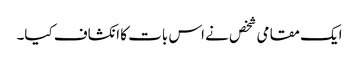
ایک مقامی شخص نے اس بات کا انکشاف کیا۔